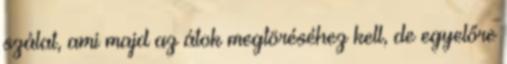
szálat, ami majd az átok megtöréséhez kell, de egyelőre